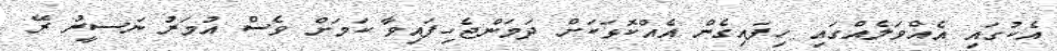
އެކުގައި އެއްވަލެއްގައި ހިފައިގެން އެއްކޮޅަކަށް ދަމަންޖެހިފައިވާ ކަމަށް ވެސް އުމަރު ނަސީރު ރޭ